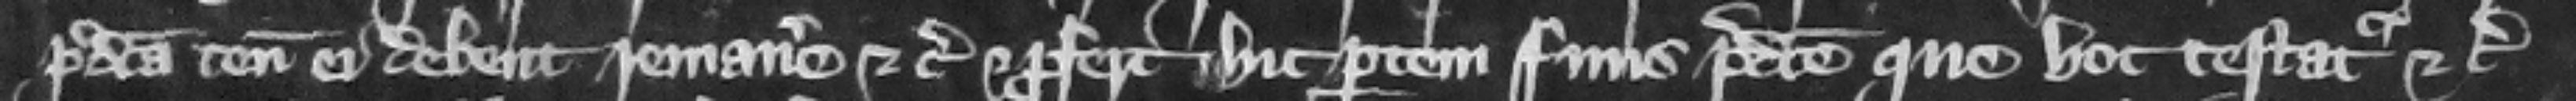
predicta tenementa ei debent remanere etc. Et profert hic partem finis predicte que hoc testatur etc.